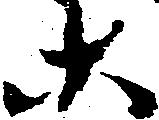
等